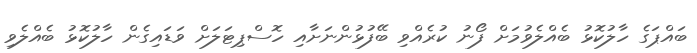
ބައްޕަގެ ހާލުކޮޅު ބެއްލެވުމަށް ފޯނު ކުރެއްވި ބޭފުޅުންނަށާއި ހޮސްޕިޓަލަށް ވަޑައިގެން ހާލުކޮޅު ބެއްލެވި